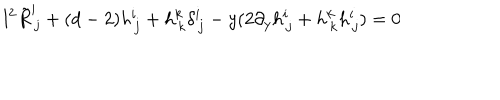
l ^ { 2 } \tilde { R } _ { \, j } ^ { i } + ( d - 2 ) h _ { \, j } ^ { i } + h _ { \, k } ^ { k } \delta _ { \, j } ^ { i } - y ( 2 \partial _ { y } h _ { \, j } ^ { i } + h _ { \, k } ^ { k } h _ { \, j } ^ { i } ) = 0